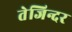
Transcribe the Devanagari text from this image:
तेजिन्दर